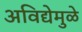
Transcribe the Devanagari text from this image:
अविद्येमुळे